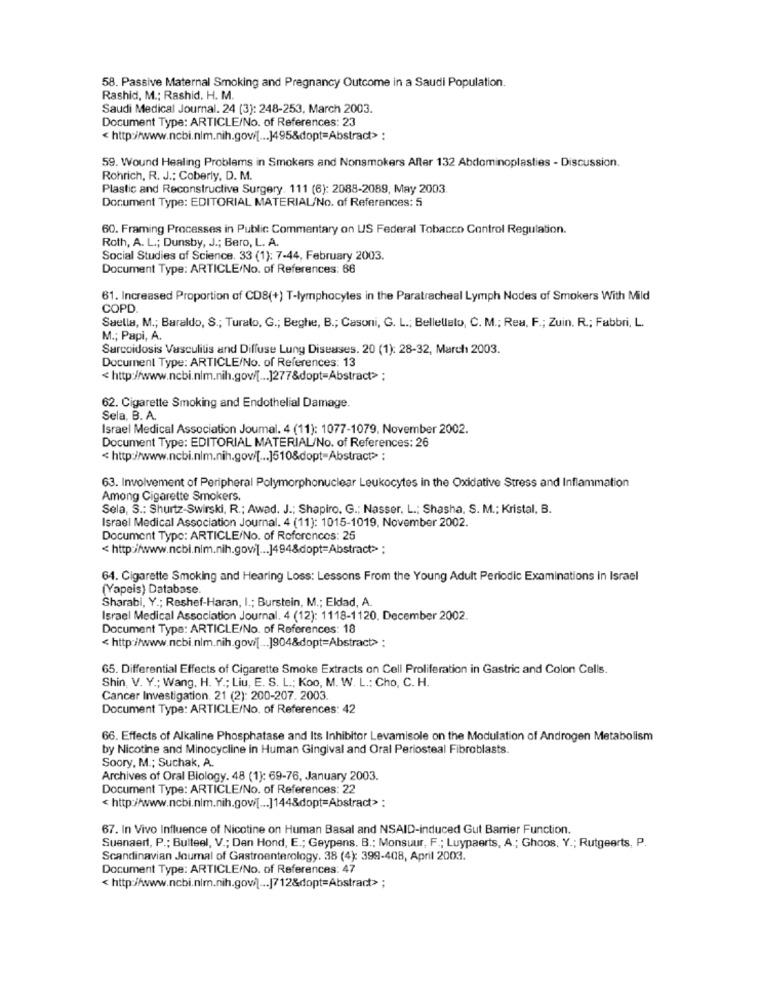
58. Passive Maternal Smoking and Pregnancy Outcome in a Saudi Population.
Rashid, M .: Rashid. H. M.
Saudi Medical Journal. 24 (3): 248-253, March 2003.
Document Type: ARTICLE/No. of References: 23
< http://www.ncbi.nlm.nih.gow/[ ... ]495&dopt=Abstract> :
59. Wound Healing Problems in Smokers and Nonsmokers After 132 Abdominoplasties - Discussion.
Rohrich, R. J .; Coberly, D. M.
Plastic and Reconstructive Surgery. 111 (6): 2088-2089, May 2003.
Document Type: EDITORIAL MATERIAL/No. of References: 5
60. Framing Processes in Public Commentary on US Federal Tobacco Control Regulation.
Roth, A. L .; Dunsby, J .; Bero, L. A.
Social Studies of Science. 33 (1): 7-44, February 2003.
Document Type: ARTICLE/No. of References: 66
61. Increased Proportion of CD8(+) T-lymphocytes in the Paratracheal Lymph Nodes of Smokers With Mild
COPD
Suella, M .; Baraldo, S .; Turalo, G .; Beghe, B .; Casoni, G. L .; Bellellalo, C. M .; Rea, F .; Zuin. R .; Fabbri, L.
M .; Papi, A.
Sarcoidosis Vasculitis and Diffuse Lung Diseases. 20 (1): 28-32, March 2003.
Document Type: ARTICLE/No. of References: 13
< http://www.ncbi.nlm.nih.gov/[ ... ]277&dopt=Abstract> ;
62. Cigarette Smoking and Endothelial Damage.
Sela, B. A.
Israel Medical Association Journal. 4 (11): 1077-1079. November 2002.
Document Type: EDITORIAL MATERIAL/No. of References: 26
< http://www.ncbi.nlm.nih.gov/[ ... ]510&dopt=Abstract> :
63. Involvement of Peripheral Polymorphonuclear Leukocytes in the Oxidative Stress and Inflammation
Among Cigarette Smokers.
Sela, S .: Shurtz-Swirski, R .; Awad. J .; Shapiro. G .; Nasser, L .; Shasha, S. M .; Kristal, B.
Israel Medical Association Journal. 4 (11): 1015-1019, November 2002.
Document Type: ARTICLE/No. of References: 25
< http://www.ncbi.nim.nih.govi[ ... ]494&dopt=Abstract> ;
64. Cigarette Smoking and Hearing Loss: Lessons From the Young Adult Periodic Examinations in Israel
(Yapeis) Database.
Sharabi, Y .; Reshef-Haran, I .; Burstein, M .; Eldad, A.
Israel Medical Association Journal. 4 (12): 1118-1120. December 2002.
Document Type: ARTICLE/No. of References: 18
< http://www.ncbi.nlm.nih.gov/[ ... ]904&dopt=Abstract>
65. Differential Effects of Cigarette Smoke Extracts on Cell Proliferation in Gastric and Colon Cells.
Shin, V. Y .; Wang, H. Y .; Liu, E. S. L .; Koo, M. W. L .: Cho, C. H.
Cancer Investigation. 21 (2): 200-207. 2003.
Document Type: ARTICLE/No. of References: 42
66. Effects of Alkaline Phosphatase and Its Inhibitor Levamisole on the Modulation of Androgen Metabolism
by Nicotine and Minocycline in Human Gingival and Oral Periosteal Fibroblasts.
Soory, M .; Suchak, A.
Archives of Oral Biology. 48 (1): 69-76, January 2003.
Document Type: ARTICLE/No. of References: 22
< http://www.ncbi.nlm.nih.gow[ ... ]144&dopt=Abstract> :
67. In Vivo Influence of Nicotine on Human Basal and NSAID-induced Gut Barrier Function.
Suenaert, P .; Buiteel, V .; Den Hond, E .; Geypens. B .; Monsuur, F .; Luypaerts, A .; Ghoos, Y .; Rutgeerts, P.
Scandinavian Joumal of Gastroenterology. 38 (4): 399-408, April 2003.
Document Type: ARTICLE/No. of References: 47
< http:/www.ncbi.nlm.nih.gov/] ... |712&dopt=Abstract> ;